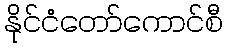
နိုင်ငံတော်ကောင်စီ